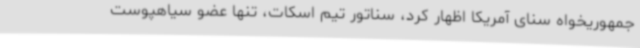
جمهوریخواه سنای آمریکا اظهار کرد، سناتور تیم اسکات، تنها عضو سیاهپوست